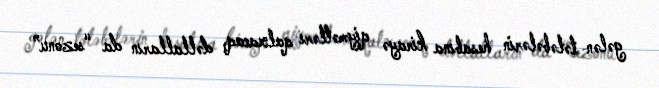
gələn tələbələrin hesabına kirayə qiymətləri qalxacaq, dəllalların da “sezonu”